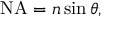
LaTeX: { \mathrm { N A } } = n \sin \theta ,